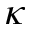
\kappa